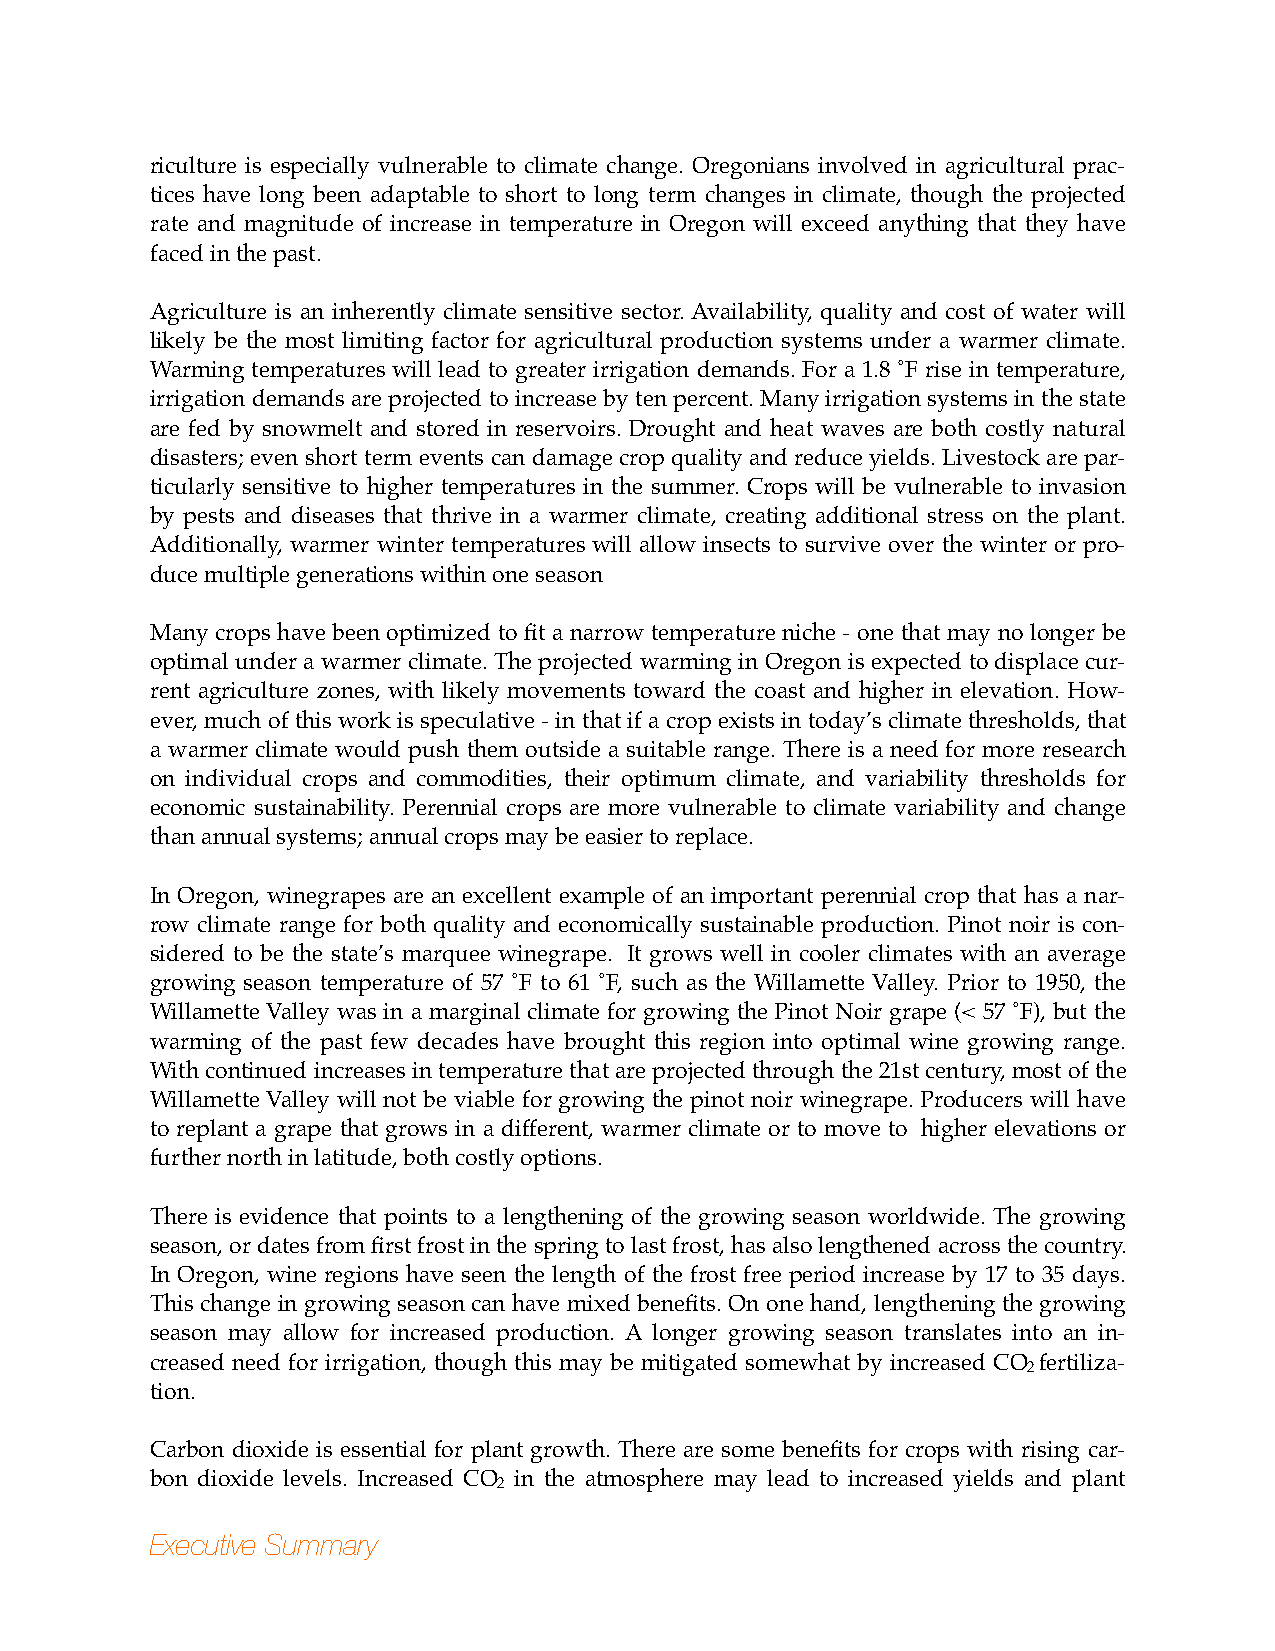
riculture is especially vulnerable to climate change. Oregonians involved in agricultural prac-
 tices have long been adaptable to short to long term changes in climate, though the projected
 rate and magnitude of increase in temperature in Oregon will exceed anything that they have
 faced in the past.
 Agriculture is an inherently climate sensitive sector. Availability, quality and cost of water will
 likely be the most limiting factor for agricultural production systems under a warmer climate.
 Warming temperatures will lead to greater irrigation demands. For a 1.8 ˚F rise in temperature,
 irrigation demands are projected to increase by ten percent. Many irrigation systems in the state
 are fed by snowmelt and stored in reservoirs. Drought and heat waves are both costly natural
 disasters; even short term events can damage crop quality and reduce yields. Livestock are par-
 ticularly sensitive to higher temperatures in the summer. Crops will be vulnerable to invasion
 by pests and diseases that thrive in a warmer climate, creating additional stress on the plant.
 Additionally, warmer winter temperatures will allow insects to survive over the winter or pro-
 duce multiple generations within one season
 Many crops have been optimized to fit a narrow temperature niche - one that may no longer be
 optimal under a warmer climate. The projected warming in Oregon is expected to displace cur-
 rent agriculture zones, with likely movements toward the coast and higher in elevation. How-
 ever, much of this work is speculative - in that if a crop exists in today’s climate thresholds, that
 a warmer climate would push them outside a suitable range. There is a need for more research
 on individual crops and commodities, their optimum climate, and variability thresholds for
 economic sustainability. Perennial crops are more vulnerable to climate variability and change
 than annual systems; annual crops may be easier to replace.
 In Oregon, winegrapes are an excellent example of an important perennial crop that has a nar-
 row climate range for both quality and economically sustainable production. Pinot noir is con-
 sidered to be the state’s marquee winegrape. It grows well in cooler climates with an average
 growing season temperature of 57 ˚F to 61 ˚F, such as the Willamette Valley. Prior to 1950, the
 Willamette Valley was in a marginal climate for growing the Pinot Noir grape (< 57 ˚F), but the
 warming of the past few decades have brought this region into optimal wine growing range.
 With continued increases in temperature that are projected through the 21st century, most of the
 Willamette Valley will not be viable for growing the pinot noir winegrape. Producers will have
 to replant a grape that grows in a different, warmer climate or to move to higher elevations or
 further north in latitude, both costly options.
 There is evidence that points to a lengthening of the growing season worldwide. The growing
 season, or dates from first frost in the spring to last frost, has also lengthened across the country.
 In Oregon, wine regions have seen the length of the frost free period increase by 17 to 35 days.
 This change in growing season can have mixed benefits. On one hand, lengthening the growing
 season may allow for increased production. A longer growing season translates into an in-
 creased need for irrigation, though this may be mitigated somewhat by increased CO fertiliza-
 2
 tion.
 Carbon dioxide is essential for plant growth. There are some benefits for crops with rising car-
 bon dioxide levels. Increased CO in the atmosphere may lead to increased yields and plant
 2
 Executive Summary